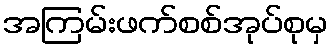
အကြမ်းဖက်စစ်အုပ်စုမှ